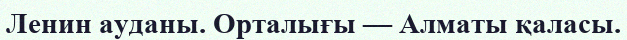
Ленин ауданы. Орталығы — Алматы қаласы.